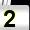
Digit: 2